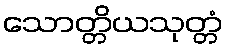
သောတ္တိယသုတ္တံ